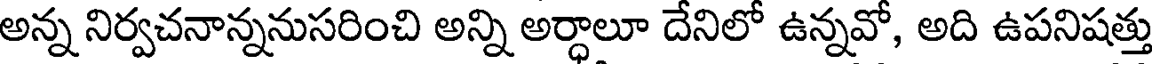
అన్న నిర్వచనాన్ననుసరించి అన్ని అర్ధాలూ దేనిలో ఉన్నవో, అది ఉపనిషత్తు